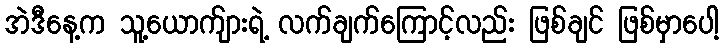
အဲဒီနေ့က သူ့ယောက်ျားရဲ့ လက်ချက်ကြောင့်လည်း ဖြစ်ချင် ဖြစ်မှာပေါ့